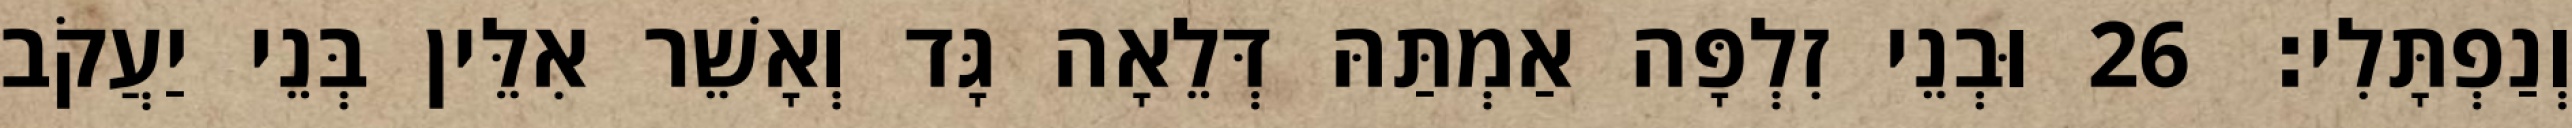
וְנַפְתָּלִי׃ 26 וּבְנֵי זִלְפָּה אַמְתַּהּ דְּלֵאָה גָּד וְאָשֵׁר אִלֵּין בְּנֵי יַעֲקֹב